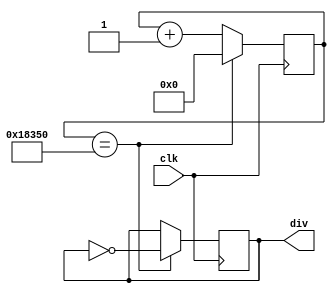
module Divide_double_ntimes(div,clk);
	output reg div;
	input clk;
	reg[17:0]cnt1;
	
	parameter ntimes = 18'b011000001101010000;
	
	always @(posedge clk)
	begin
		if(cnt1== ntimes )
			begin 
			div = ~div;
			cnt1 <= 0;
			end
		else
			begin cnt1<=cnt1+1;end
	end
endmodule